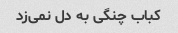
کباب چنگی به دل نمی‌زد